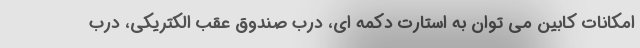
امکانات کابین می توان به استارت دکمه ای، درب صندوق عقب الکتریکی، درب